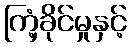
ကြံ့ခိုင်မှုနှင့်